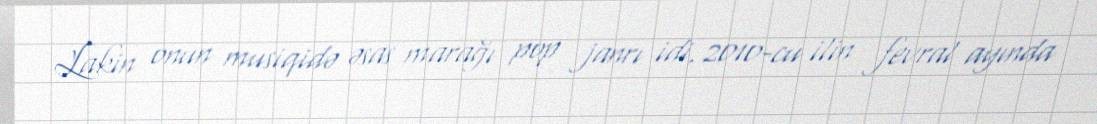
Lakin onun musiqidə əsas marağı pop janrı idi. 2010-cu ilin fevral ayında